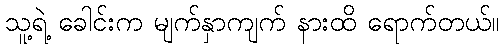
သူ့ရဲ့ ခေါင်းက မျက်နှာကျက် နားထိ ရောက်တယ်။